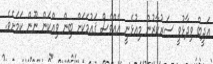
އަދީބް ވިދާޅުވީ ސަރުކާރުން މިއުޅެނީ އެއްވެސް ޤައުމަކަށް ބިން ވިއްކަން ނޫން ކަމަށެވެ.